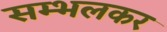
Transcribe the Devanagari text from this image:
सम्भलकर